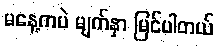
မနေ့ကပဲ မျက်နှာ မြင်ပါတယ်